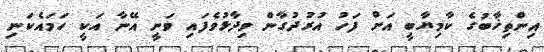
އިންތިޚާބުގެ ކާމިޔާބީ އަށް ފަހު އުރުދުގާން ވިދާޅުވެފައި ވަނީ އޭނާ އަކީ ހަމައެކަނި